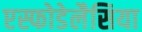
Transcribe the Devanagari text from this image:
एस्फोडेलैसिया